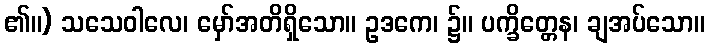
၏။) သသေဝါလေ၊ မှော်အတိရှိသော။ ဥဒကေ၊ ၌။ ပက္ခိတ္တေန၊ ချအပ်သော။